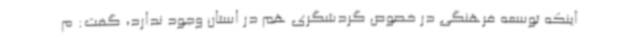
اینکه توسعه فرهنگی در خصوص گردشگری هم در استان وجود ندارد، گفت: م